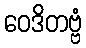
ဝေဒိတဗ္ဗံ